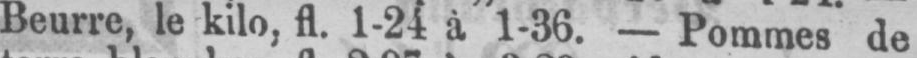
Beurre, le kilo, fl. 1-24 à 1-36. - Pommes de